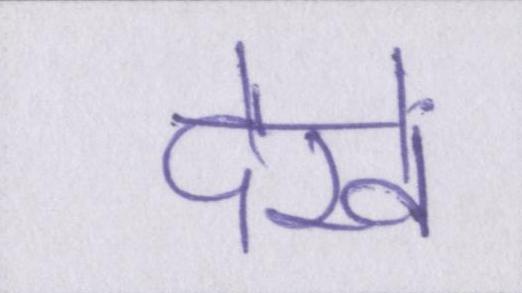
देखें